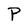
Character: P